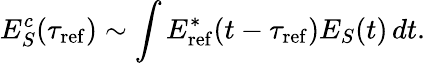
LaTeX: E_{S}^{c}(\tau_{\mathrm{ref}})\sim\int E_{\mathrm{ref}}^{*}(t-\tau_{\mathrm{ref}})E_{S}(t)\, dt.